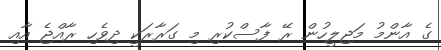
ގެ އާންމު މަޖިލީހުން ރޭ ފާސްކުރި މި ގަރާރަކީ ދިވެހި ރާއްޖެ އާއި